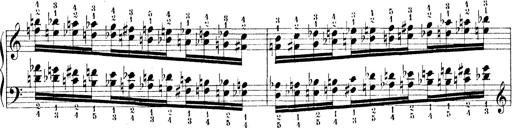
Title: Technische Studien
Composer: Franz Liszt